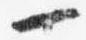
一